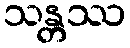
သန္တဿ